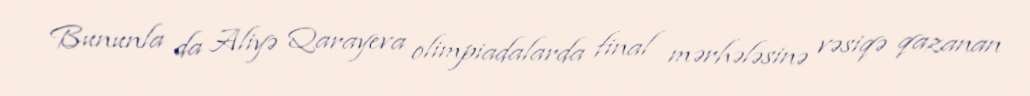
Bununla da Aliyə Qarayeva olimpiadalarda final mərhələsinə vəsiqə qazanan